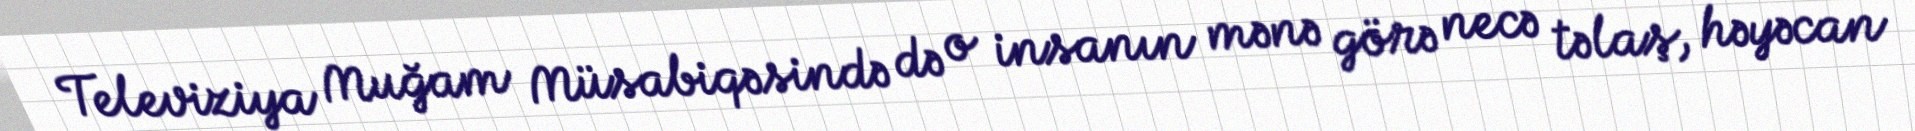
Televiziya Muğam Müsabiqəsində də o insanın mənə görə necə təlaş, həyəcan